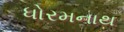
ધોરમનાથ